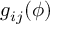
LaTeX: g _ { i j } ( \phi )